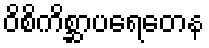
ဝိစိကိစ္ဆာပရေတေန